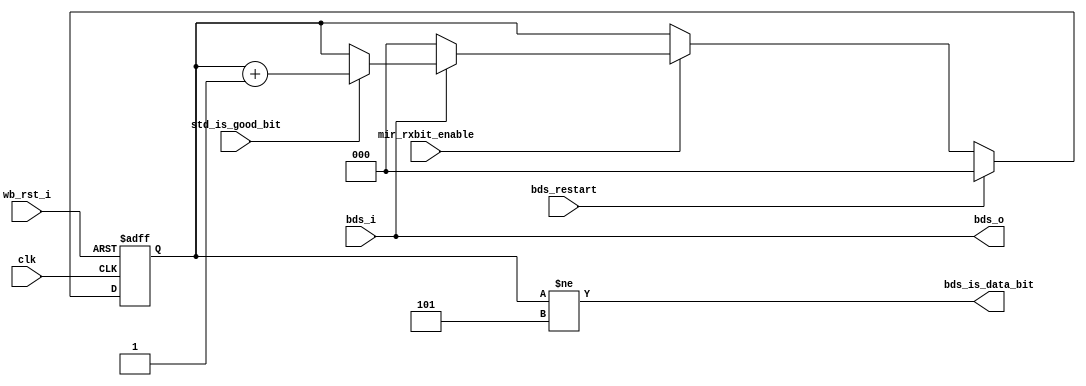
module irda_mir_bit_destuffer (clk, wb_rst_i, bds_i, bds_restart, mir_rxbit_enable, std_is_good_bit,
		bds_is_data_bit, bds_o);
	
input			clk;
input			wb_rst_i;
input			bds_i;			// the input bit from ST detector
input			bds_restart;	// restart signal for bds logic
input			mir_rxbit_enable;
input			std_is_good_bit; // is the bit on bds_i a new data bit?

output		bds_is_data_bit; // is the bit on bds_o is the new data bit
output		bds_o;				// destuffeed output

reg	[2:0]	ones_counter;

always @(posedge clk or posedge wb_rst_i)
begin
	if (wb_rst_i)
		ones_counter <= #1 0;
	else
	if (bds_restart)
		ones_counter <= #1 0;
	else if (mir_rxbit_enable) begin
		if (! bds_i)
			ones_counter <= #1 0;
		else
		if (std_is_good_bit)
			ones_counter <= #1 ones_counter + 1;
	end
end

// bds_is_data_bit output
assign bds_is_data_bit = (ones_counter != 5);

// module output is passed without additional logic from the input
// the the level should check bds_is_data_bit for masking
assign bds_o = bds_i;

endmodule